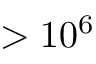
> 1 0 ^ { 6 }